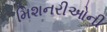
મિશનરીઓની